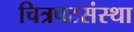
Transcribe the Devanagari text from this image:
चित्रपटसंस्था